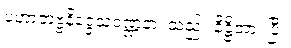
ပဟာတဗ္ဗနိဒ္ဒေသဝဏ္ဏနာ၊ သည်။ နိဋ္ဌိတာ၊ ပြီ။